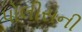
પોલીસની